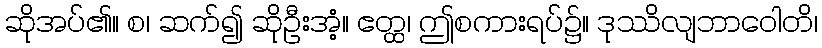
ဆိုအပ်၏။ စ၊ ဆက်၍ ဆိုဦးအံ့။ ဧတ္ထ၊ ဤစကားရပ်၌။ ဒုဿိလျဘာဝေါတိ၊